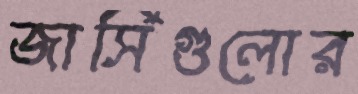
জার্সিগুলোর